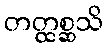
တတ္ထစ္ဆသိ